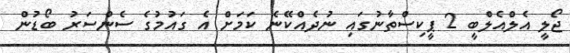
ޖޯލީ އެލްއެލްބީ 2 ޕީކިސްތާނުގައި ނުދެއްކޭނެ ކަމަށް އެ ގައުމުގެ ސެންސަރު ބޯޑުން